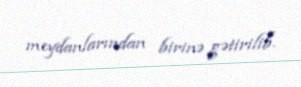
meydanlarından birinə gətirilib.